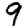
Digit: 9